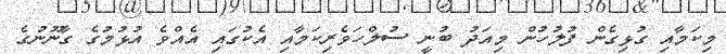
މިކަމާއި ގުޅިގެން ފުލުހުން މިއަދު ބުނީ ސުލްހަވެރިކަމާއި އެކުގައި އެއްވެ އުޅުމުގެ ގާނޫނުގެ